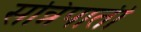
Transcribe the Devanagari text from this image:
सन्निपाती